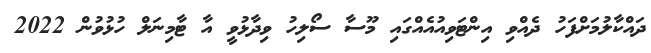
ދައްކާލުމަށްފަހު ދެއްވި އިންޓަވިއުއެއްގައި މޫސާ ސޯލިހު ވިދާޅުވީ އާ ޓާމިނަލް ހުޅުވުން 2022